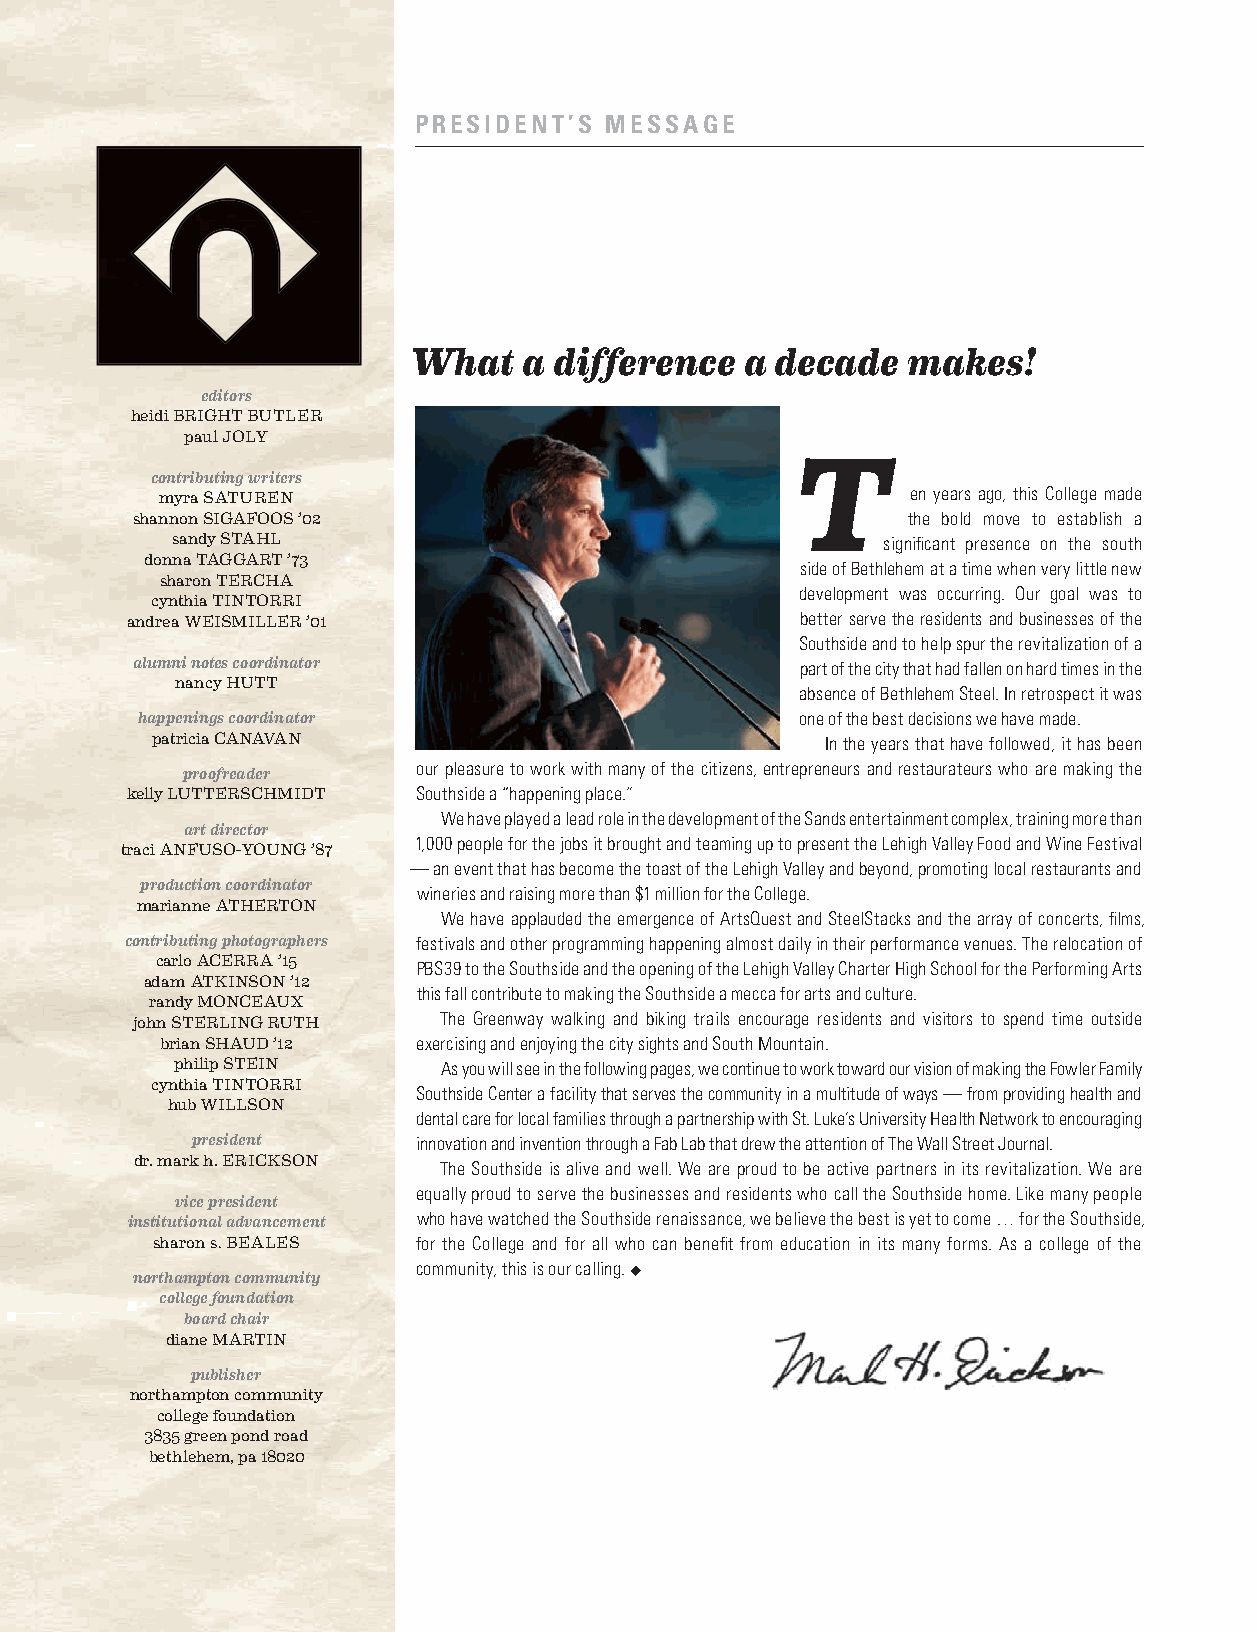
PRESIDENT’S MESSAGE
 What    a difference   a decade  makes!
 editors
 heidi BRIGHT BUTLER
 paul JOLY
 contributing writers
 myra SATUREN                                     en years ago, this College made
 shannon SIGAFOOS ’02                               the bold move to establish a
 sandy STAHL                                    signifi cant presence on the south
 donna TAGGART ’73
 side of Bethlehem at a time when very little new
 sharon TERCHA
 development was occurring. Our goal was to
 cynthia TINTORRI
 andrea WEISMILLER ’01                       better serve the residents and businesses of the
 Southside and to help spur the revitalization of a
 alumni notes coordinator                    part of the city that had fallen on hard times in the
 nancy HUTT
 absence of Bethlehem Steel. In retrospect it was
 happenings coordinator                      one of the best decisions we have made.
 patricia CANAVAN                             In the years that have followed, it has been
 proofreader     our pleasure to work with many of the citizens, entrepreneurs and restaurateurs who are making the
 kelly LUTTERSCHMIDT Southside a “happening place.”
 We have played a lead role in the development of the Sands entertainment complex, training more than
 art director
 1,000 people for the jobs it brought and teaming up to present the Lehigh Valley Food and Wine Festival
 traci ANFUSO-YOUNG ’87
 — an event that has become the toast of the Lehigh Valley and beyond, promoting local restaurants and
 production coordinator
 wineries and raising more than $1 million for the College.
 marianne ATHERTON
 We have applauded the emergence of ArtsQuest and SteelStacks and the array of concerts, fi lms,
 contributing photographers festivals and other programming happening almost daily in their performance venues. The relocation of
 carlo ACERRA ’15
 PBS39 to the Southside and the opening of the Lehigh Valley Charter High School for the Performing Arts
 adam ATKINSON ’12
 this fall contribute to making the Southside a mecca for arts and culture.
 randy MONCEAUX
 john STERLING RUTH  The Greenway walking and biking trails encourage residents and visitors to spend time outside
 brian SHAUD ’12  exercising and enjoying the city sights and South Mountain.
 philip STEIN     As you will see in the following pages, we continue to work toward our vision of making the Fowler Family
 cynthia TINTORRI
 Southside Center a facility that serves the community in a multitude of ways — from providing health and
 hub WILLSON
 dental care for local families through a partnership with St. Luke’s University Health Network to encouraging
 president      innovation and invention through a Fab Lab that drew the attention of The Wall Street Journal.
 dr. mark h. ERICKSON
 The Southside is alive and well. We are proud to be active partners in its revitalization. We are
 equally proud to serve the businesses and residents who call the Southside home. Like many people
 vice president
 institutional advancement who have watched the Southside renaissance, we believe the best is yet to come … for the Southside,
 sharon s. BEALES  for the College and for all who can benefi t from education in its many forms. As a college of the
 community, this is our calling. u
 northampton community
 college foundation
 board chair
 diane MARTIN
 publisher
 northampton community
 college foundation
 3835 green pond road
 bethlehem, pa 18020